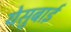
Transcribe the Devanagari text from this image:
येसुबाई